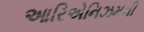
આરિએનિઝમની